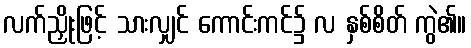
လက်ညှိုးဖြင့် သားလျှင် ကောင်းကင်၌ လ နှစ်စိတ် ကွဲ၏။